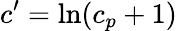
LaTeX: c^{\prime}=\ln(c_{p}+1)